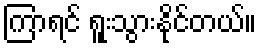
ကြာရင် ရူးသွားနိုင်တယ်။